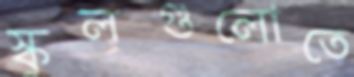
স্কুলগুলোতে